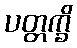
ပတ္တက္ခိ